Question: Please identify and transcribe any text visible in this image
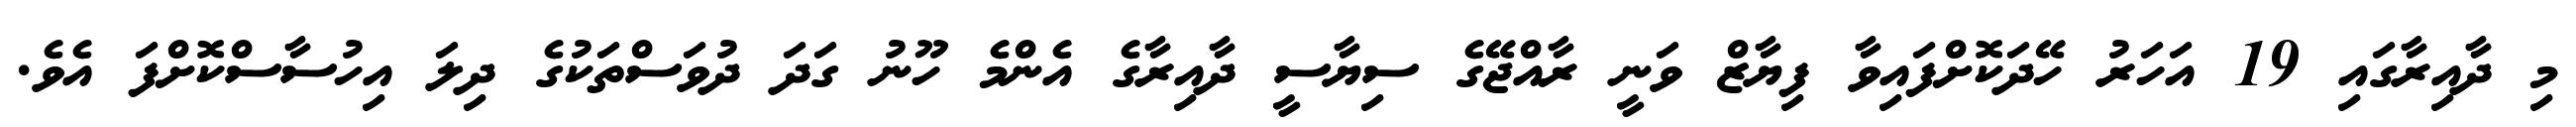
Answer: މި ދާއިރާގައި 19 އަހަރު ހޭދަކޮށްފައިވާ ފިޔާޒް ވަނީ ރާއްޖޭގެ ސިޔާސީ ދާއިރާގެ އެންމެ ހޫނު ގަދަ ދުވަސްތަކުގެ ދިލަ އިހުސާސްކޮށްފަ އެވެ.